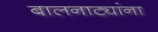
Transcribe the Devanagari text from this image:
बालनाट्यांना